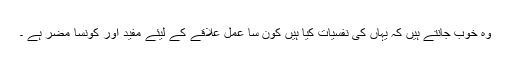
وہ خوب جانتے ہیں کہ یہاں کی نفسیات کیا ہیں کون سا عمل علاقے کے لیئے مفید اور کونسا مضر ہے ۔